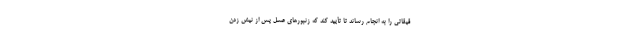
قیقاتی را به انجام رساند تا تأیید کند که زنبورهای عسل پس از نیش زدن